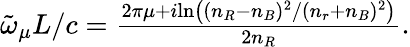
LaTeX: \begin{array}{r}{\tilde{\omega}_{\mu}L/c=\frac{2\pi\mu+i\mathrm{ln}\left((n_{R}-n_{B})^{2}/(n_{r}+n_{B})^{2}\right)}{2n_{R}}.}\end{array}